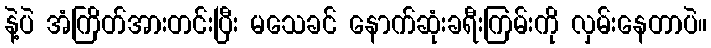
နဲ့ပဲ အံကြိတ်အားတင်းပြီး မသေခင် နောက်ဆုံးခရီးကြမ်းကို လှမ်းနေတာပဲ။